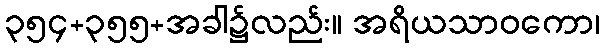
၃၅၄+၃၅၅+အခါ၌လည်း။ အရိယသာဝကော၊